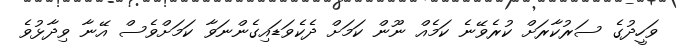
ވަހީދުގެ ސަރުކާރަށް ކުރެވޭނެ ކަމެއް ނޫން ކަމަށް ދެކެވަޑައިގެންނަވާ ކަމަށްވެސް އޭނާ ވިދާޅުވެ